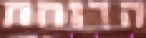
הרוחת